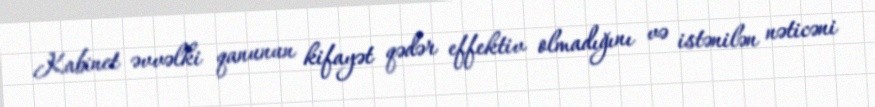
Kabinet əvvəlki qanunun kifayət qədər effektiv olmadığını və istənilən nəticəni